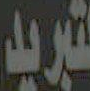
لتبريد